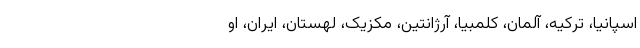
اسپانیا، ترکیه، آلمان، کلمبیا، آرژانتین، مکزیک، لهستان، ایران، او